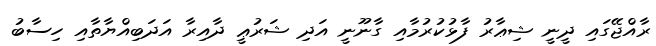
ރާއްޖޭގައި ދީނީ ޝިޢާރު ފާޅުކުރުމާއި ގާނޫނީ އަދި ޝަރުޢީ ދާއިރާ އަދަބިއްޔާތާއި ހިސާބު